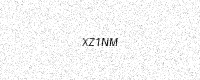
Text: XZ1NM